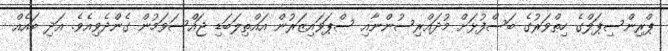
ޕްރިންސިޕަލްގެ ހިތްވަރުގެ ބަސްފުޅަށް މުދައްރިސުންނާއި ސްޕަވައިޒަރުން އައްތިލަބަޑި ޖައްސަވަމުން ގެންދެވިއެވެ. އަދި ބައެއް